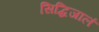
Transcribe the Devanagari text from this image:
सिद्धिजालं